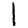
Digit: 1